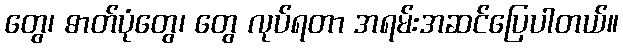
တွေ၊ ဓာတ်ပုံတွေ၊ တွေ လုပ်ရတာ အရမ်းအဆင်ပြေပါတယ်။